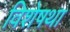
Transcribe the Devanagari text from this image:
विशेषथा